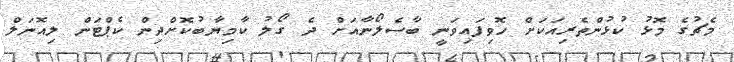
މެޗުގެ މޮޅު ކުޅުންތެރިއަކަށް ހޮވިފައިވަނީ ބާސެލޯނާއަށް ދެ ގޯލު ކާމިޔާބުކޮށްދިން ކެޕްޓަން ލިއޮނަލް